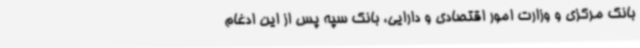
بانک مرکزی و وزارت امور اقتصادی و دارایی، بانک سپه پس از این ادغام